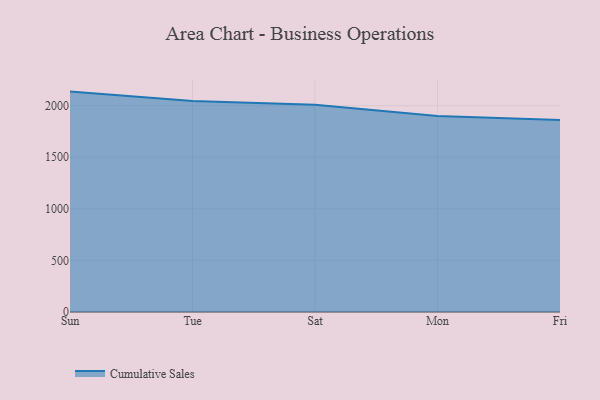
{"axis": {"x": "Day", "y": "LTV (USD)"}, "legend": ["Cumulative Sales"], "data": [{"x": "Sun", "y": 2135.8, "type": "Cumulative Sales"}, {"x": "Tue", "y": 2044.4, "type": "Cumulative Sales"}, {"x": "Sat", "y": 2008.4, "type": "Cumulative Sales"}, {"x": "Mon", "y": 1898.2, "type": "Cumulative Sales"}, {"x": "Fri", "y": 1860.5, "type": "Cumulative Sales"}]}